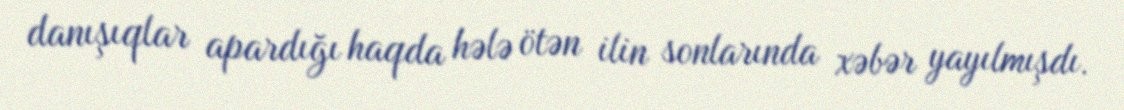
danışıqlar apardığı haqda hələ ötən ilin sonlarında xəbər yayılmışdı.